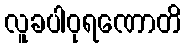
လူခပါဝုရဏောတိ